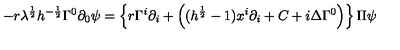
- r \lambda ^ { \frac { 1 } { 2 } } h ^ { - \frac { 1 } { 2 } } \Gamma ^ { 0 } \partial _ { 0 } \psi = \left\{ r \Gamma ^ { i } \partial _ { i } + \left( ( h ^ { \frac { 1 } { 2 } } - 1 ) x ^ { i } \partial _ { i } + C + i \Delta \Gamma ^ { 0 } \right) \right\} \Pi \psi